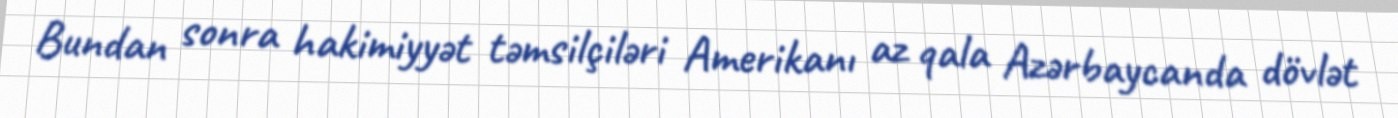
Bundan sonra hakimiyyət təmsilçiləri Amerikanı az qala Azərbaycanda dövlət